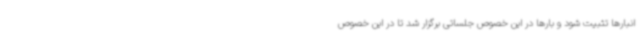
انبارها تثبیت شود و بارها در این خصوص جلساتی برگزار شد تا در این خصوص